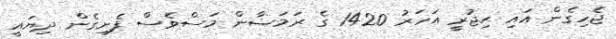
ޖެހިގެން އައި ޙިޖުރީ އަހަރު 1420 ގެ ރަމަޟާން މަސްވެސް ފެށިގެން ދިޔައީ